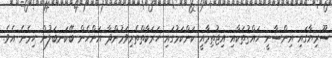
ސޫރިޔާގައި އިންސާނީ ހައްޤުތަކާއި އިޖުތިމާއީ ކަންކަމުގައި ހަރަކާތްތެރިވަމުންދާ އަންހެން ބޭކަނބަލުން ހިމެނެ އެވެ.